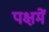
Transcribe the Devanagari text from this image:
पक्षमें